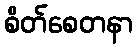
စိတ်စေတနာ